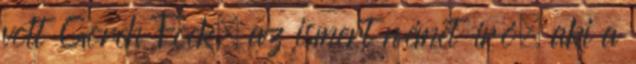
volt Gorch Fock, az ismert német író, aki a